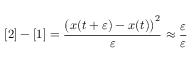
[ 2 ] - [ 1 ] = { \frac { { \big ( } x ( t + \varepsilon ) - x ( t ) { \big ) } ^ { 2 } } { \varepsilon } } \approx { \frac { \varepsilon } { \varepsilon } }